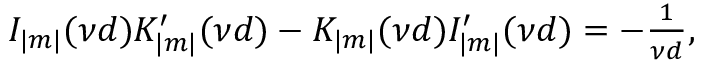
\begin{array} { r } { I _ { | m | } ( \nu d ) K _ { | m | } ^ { \prime } ( \nu d ) - K _ { | m | } ( \nu d ) I _ { | m | } ^ { \prime } ( \nu d ) = - \frac { 1 } { \nu d } , } \end{array}